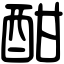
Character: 酣